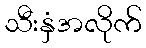
သီးနှံအလိုက်